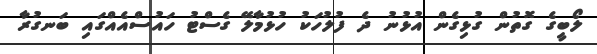
ލޯބީގެ ގޮތުން ގުޅިގެން އުޅުނު ދެ ފުލުހަކު ހުޅުމާލޭ ގެސްޓު ހައުސްއެއްގައި ބަނގުރާ